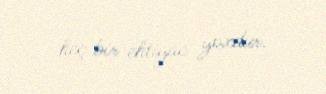
heç bir ehtiyac yoxdur.